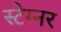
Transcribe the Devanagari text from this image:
स्टेग्नर